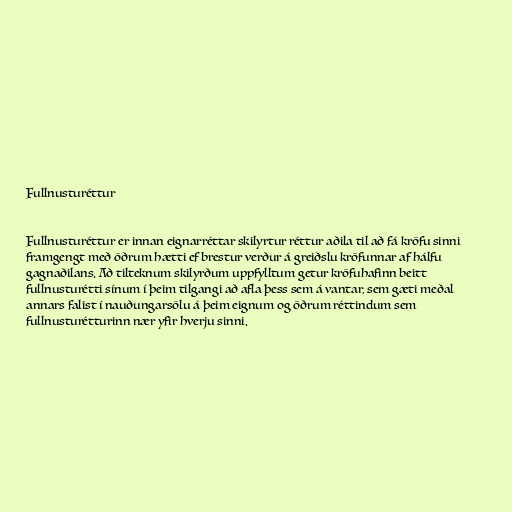
Fullnusturéttur

Fullnusturéttur er innan eignarréttar skilyrtur réttur aðila til að fá kröfu sinni
framgengt með öðrum hætti ef brestur verður á greiðslu kröfunnar af hálfu
gagnaðilans. Að tilteknum skilyrðum uppfylltum getur kröfuhafinn beitt
fullnusturétti sínum í þeim tilgangi að afla þess sem á vantar, sem gæti meðal
annars falist í nauðungarsölu á þeim eignum og öðrum réttindum sem
fullnusturétturinn nær yfir hverju sinni.